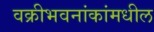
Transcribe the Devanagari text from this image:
वक्रीभवनांकांमधील